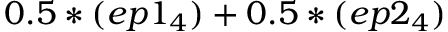
0 . 5 * ( e p 1 _ { 4 } ) + 0 . 5 * ( e p 2 _ { 4 } )